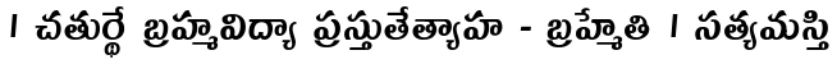
। చతుర్థే బ్రహ్మవిద్యా ప్రస్తుతేత్యాహ - బ్రహ్మేతి । సత్యమస్తి